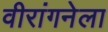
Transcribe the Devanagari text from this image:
वीरांगनेला